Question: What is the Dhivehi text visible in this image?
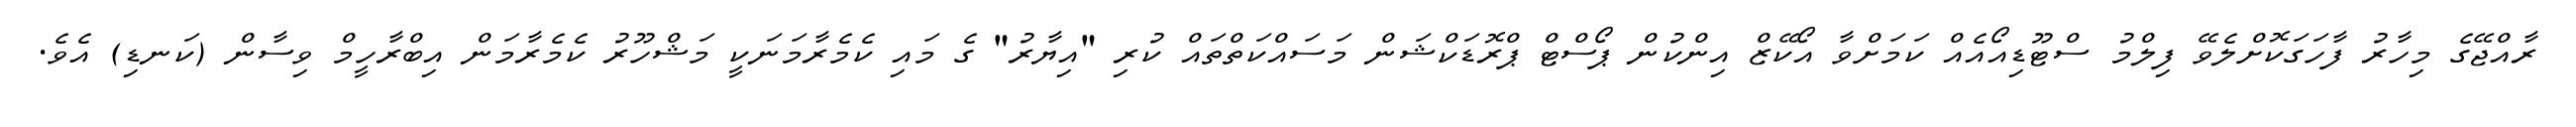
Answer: ރާއްޖޭގެ މިހާރު ފާހަގަކޮށްލެވޭ ފިލްމު ސްޓޫޑިއޯއެއް ކަމަށްވާ އޯކޭޒް އިންކުން ޕޯސްޓް ޕްރޮޑަކްޝަން މަސައްކަތްތައް ކުރި "އިޔާރު" ގެ މައި ކެމެރާމަނަކީ މަޝްހޫރު ކެމެރާމަން އިބްރާހީމް ވިސާން (ކަނޑި) އެވެ.